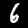
Label: 6